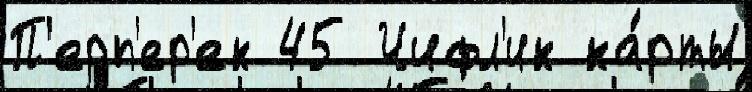
П'ерп'ер'ек 45 Чифл'ик ка́рты